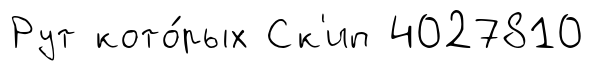
Рут кото́рых Ск'ип 4027810